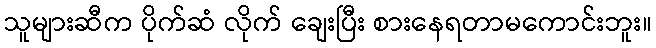
သူများဆီက ပိုက်ဆံ လိုက် ချေးပြီး စားနေရတာမကောင်းဘူး။